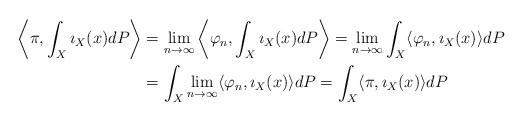
LaTeX: \begin{align*}\left\langle \pi,\int_X\imath_X(x)dP \right\rangle& =\lim_{n\to \infty}\left\langle \varphi_n,\int_X\imath_X(x)dP \right\rangle=\lim_{n\to \infty}\int_X\langle \varphi_n,\imath_X(x)\rangle dP \\& =\int_X\lim_{n\to \infty}\langle \varphi_n,\imath_X(x) \rangle dP=\int_X\langle \pi,\imath_X(x) \rangle dP\end{align*}